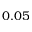
0 . 0 5